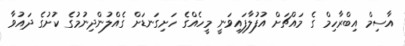
އާސިމް އިބްރާހިމް ގެ މައްޗަށް އުފުލާފައިވަނީ މީހެއްގެ ހަށިގަނޑަށް ގެއްލުންދިނުމުގެ ކުށުގެ ދައުވާ